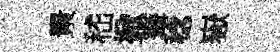
㬌嵇掀篝稔嶽